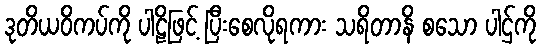
ဒုတိယဝိကပ်ကို ပါဠိဖြင့် ပြီးစေလိုရကား သရိတာနိ စသော ပါဌ်ကို